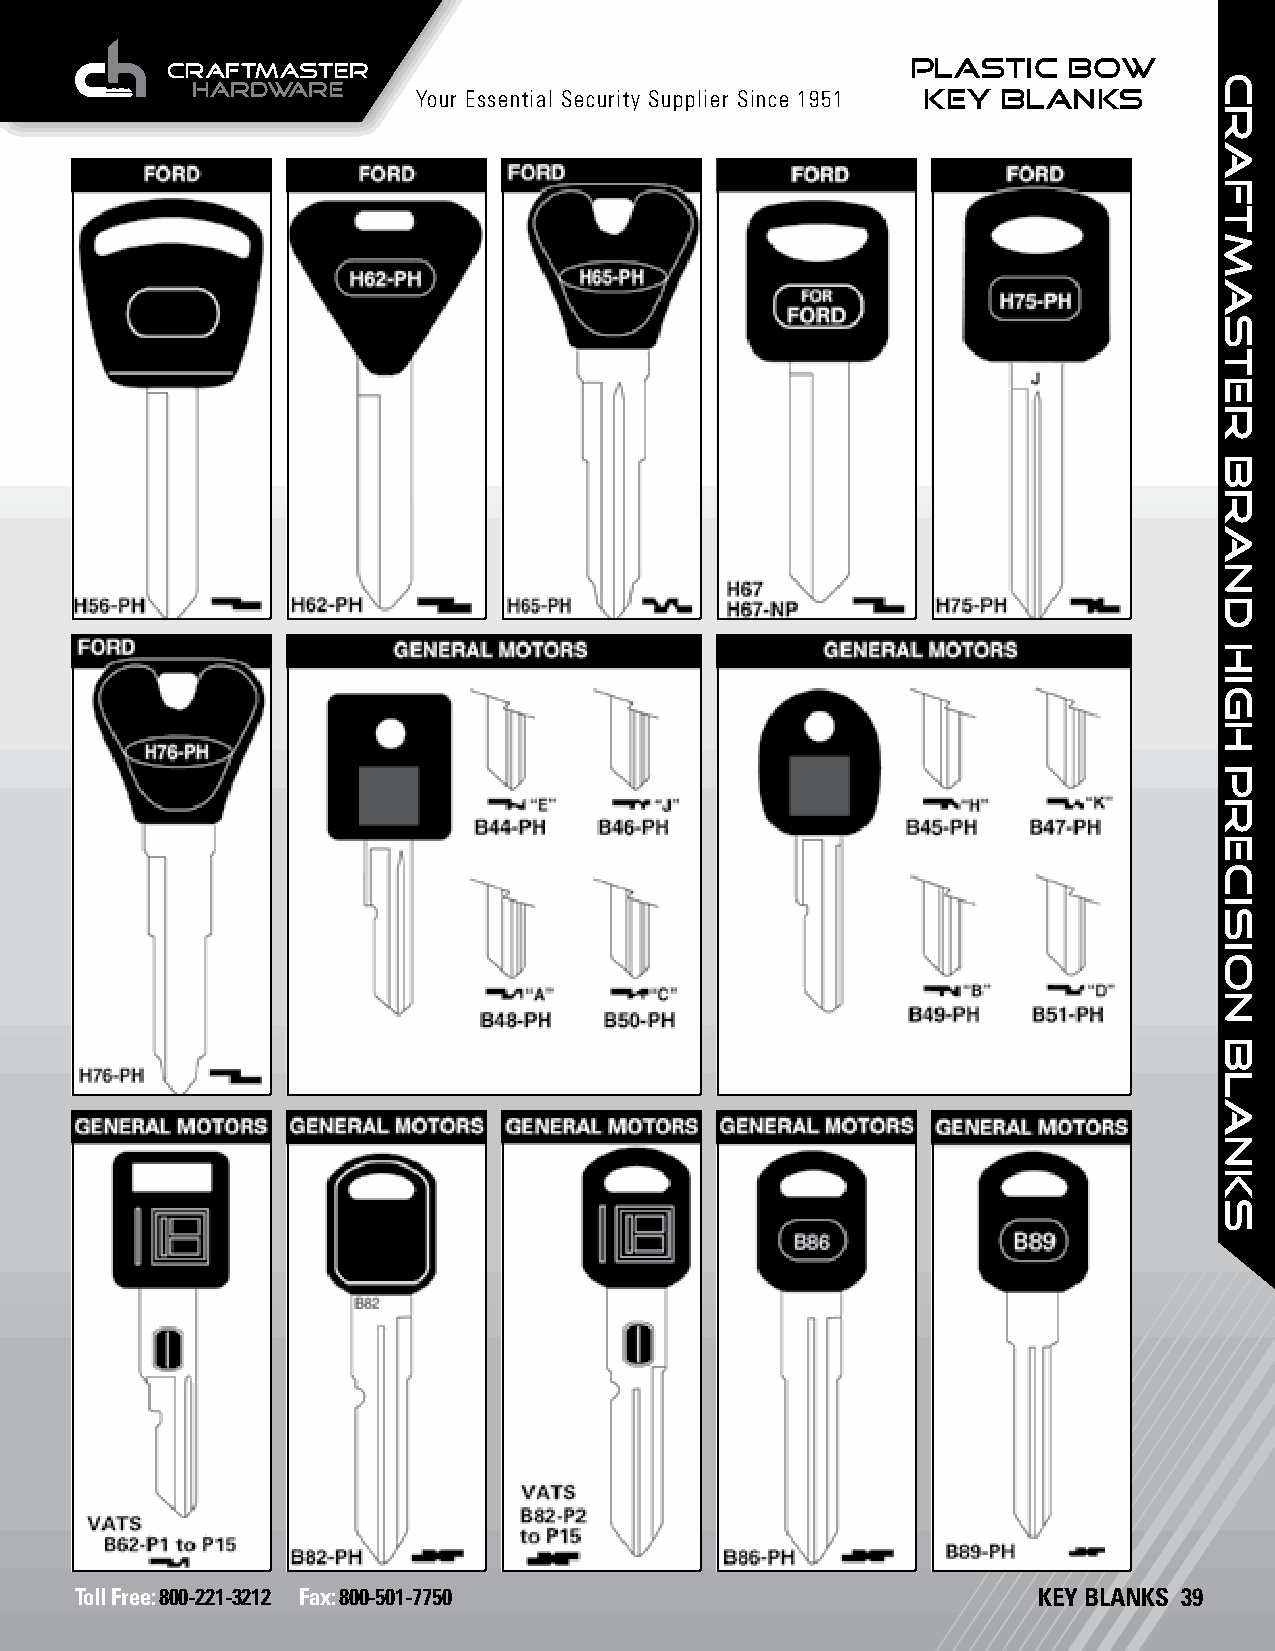
PLASTIC    BOW
 Your Essential Security Supplier Since 1951 KEY BLANKS
 Toll Free: 800-221-3212 Fax: 800-501-7750                       KEY BLANKS 39
 craftmaster
 brand
 HIGH
 PRECISION
 BLANKS